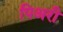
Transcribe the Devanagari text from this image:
पिअरी